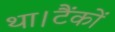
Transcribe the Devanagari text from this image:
था।टैंकों